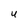
Character: U